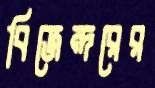
বিজেন্দরের